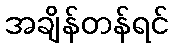
အချိန်တန်ရင်